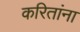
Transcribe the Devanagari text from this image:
करितांना